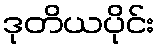
ဒုတိယပိုင်း